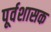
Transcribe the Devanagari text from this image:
पूर्वशासक